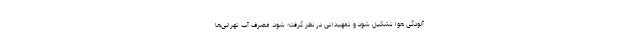
آلودگی هوا تشکیل شود و تمهیداتی در نظر گرفته شود. مصرف آب تهرانی‌ها